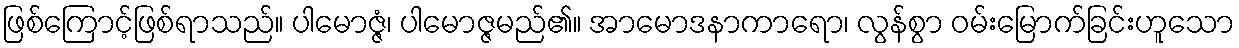
ဖြစ်ကြောင့်ဖြစ်ရာသည်။ ပါမောဇ္ဇံ၊ ပါမောဇ္ဇမည်၏။ အာမောဒနာကာရော၊ လွန်စွာ ဝမ်းမြောက်ခြင်းဟူသော